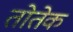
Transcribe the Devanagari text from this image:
तोतेक